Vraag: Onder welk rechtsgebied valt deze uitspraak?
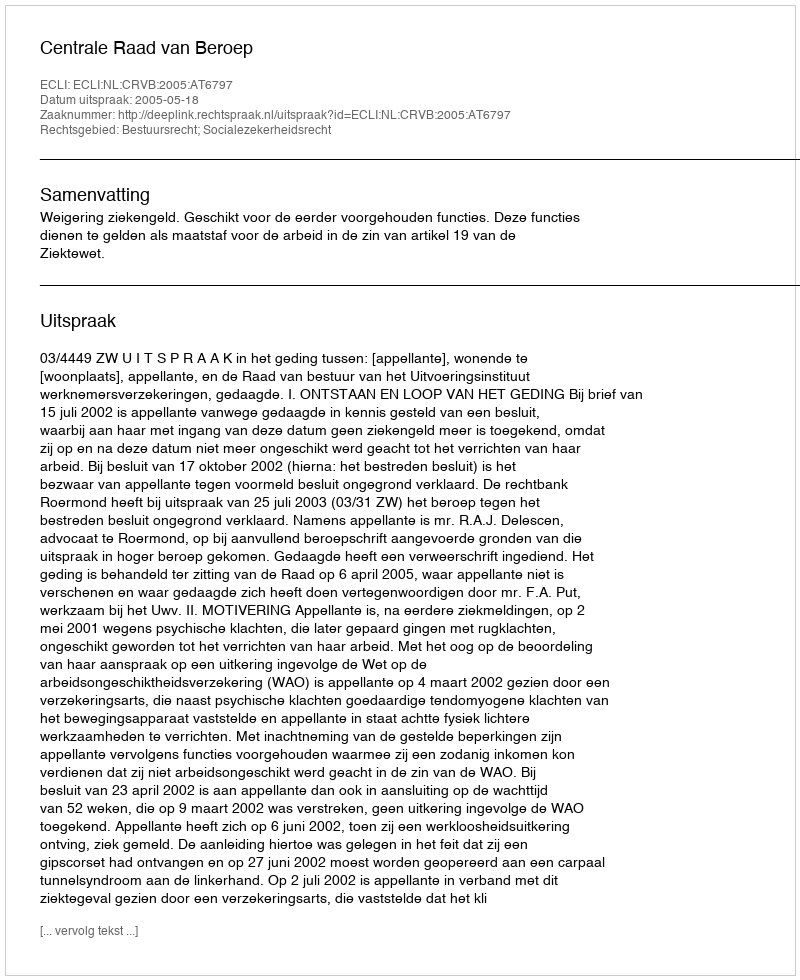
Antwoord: Bestuursrecht; Socialezekerheidsrecht